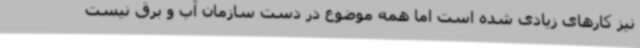
نیز کارهای زیادی شده است اما همه موضوع در دست سازمان آب و برق نیست